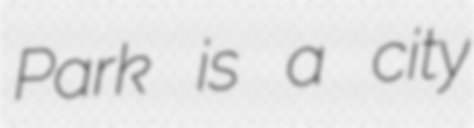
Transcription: Park is a city